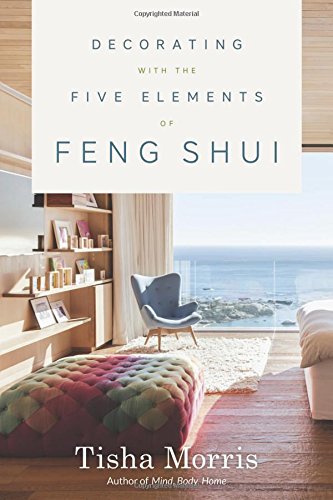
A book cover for Decorating With the Five Elements of Feng Shui; Tisha Morris; Religion & Spirituality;